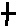
Text: +